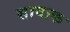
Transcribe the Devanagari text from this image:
सावाक